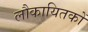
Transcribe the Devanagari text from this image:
लौकायितकों